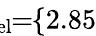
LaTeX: \! \! \! \! \! \! \overline{{\lambda}}_{\mathrm{{rel}}}\! \! =\! \! \{ 2.85\} \! \! \!